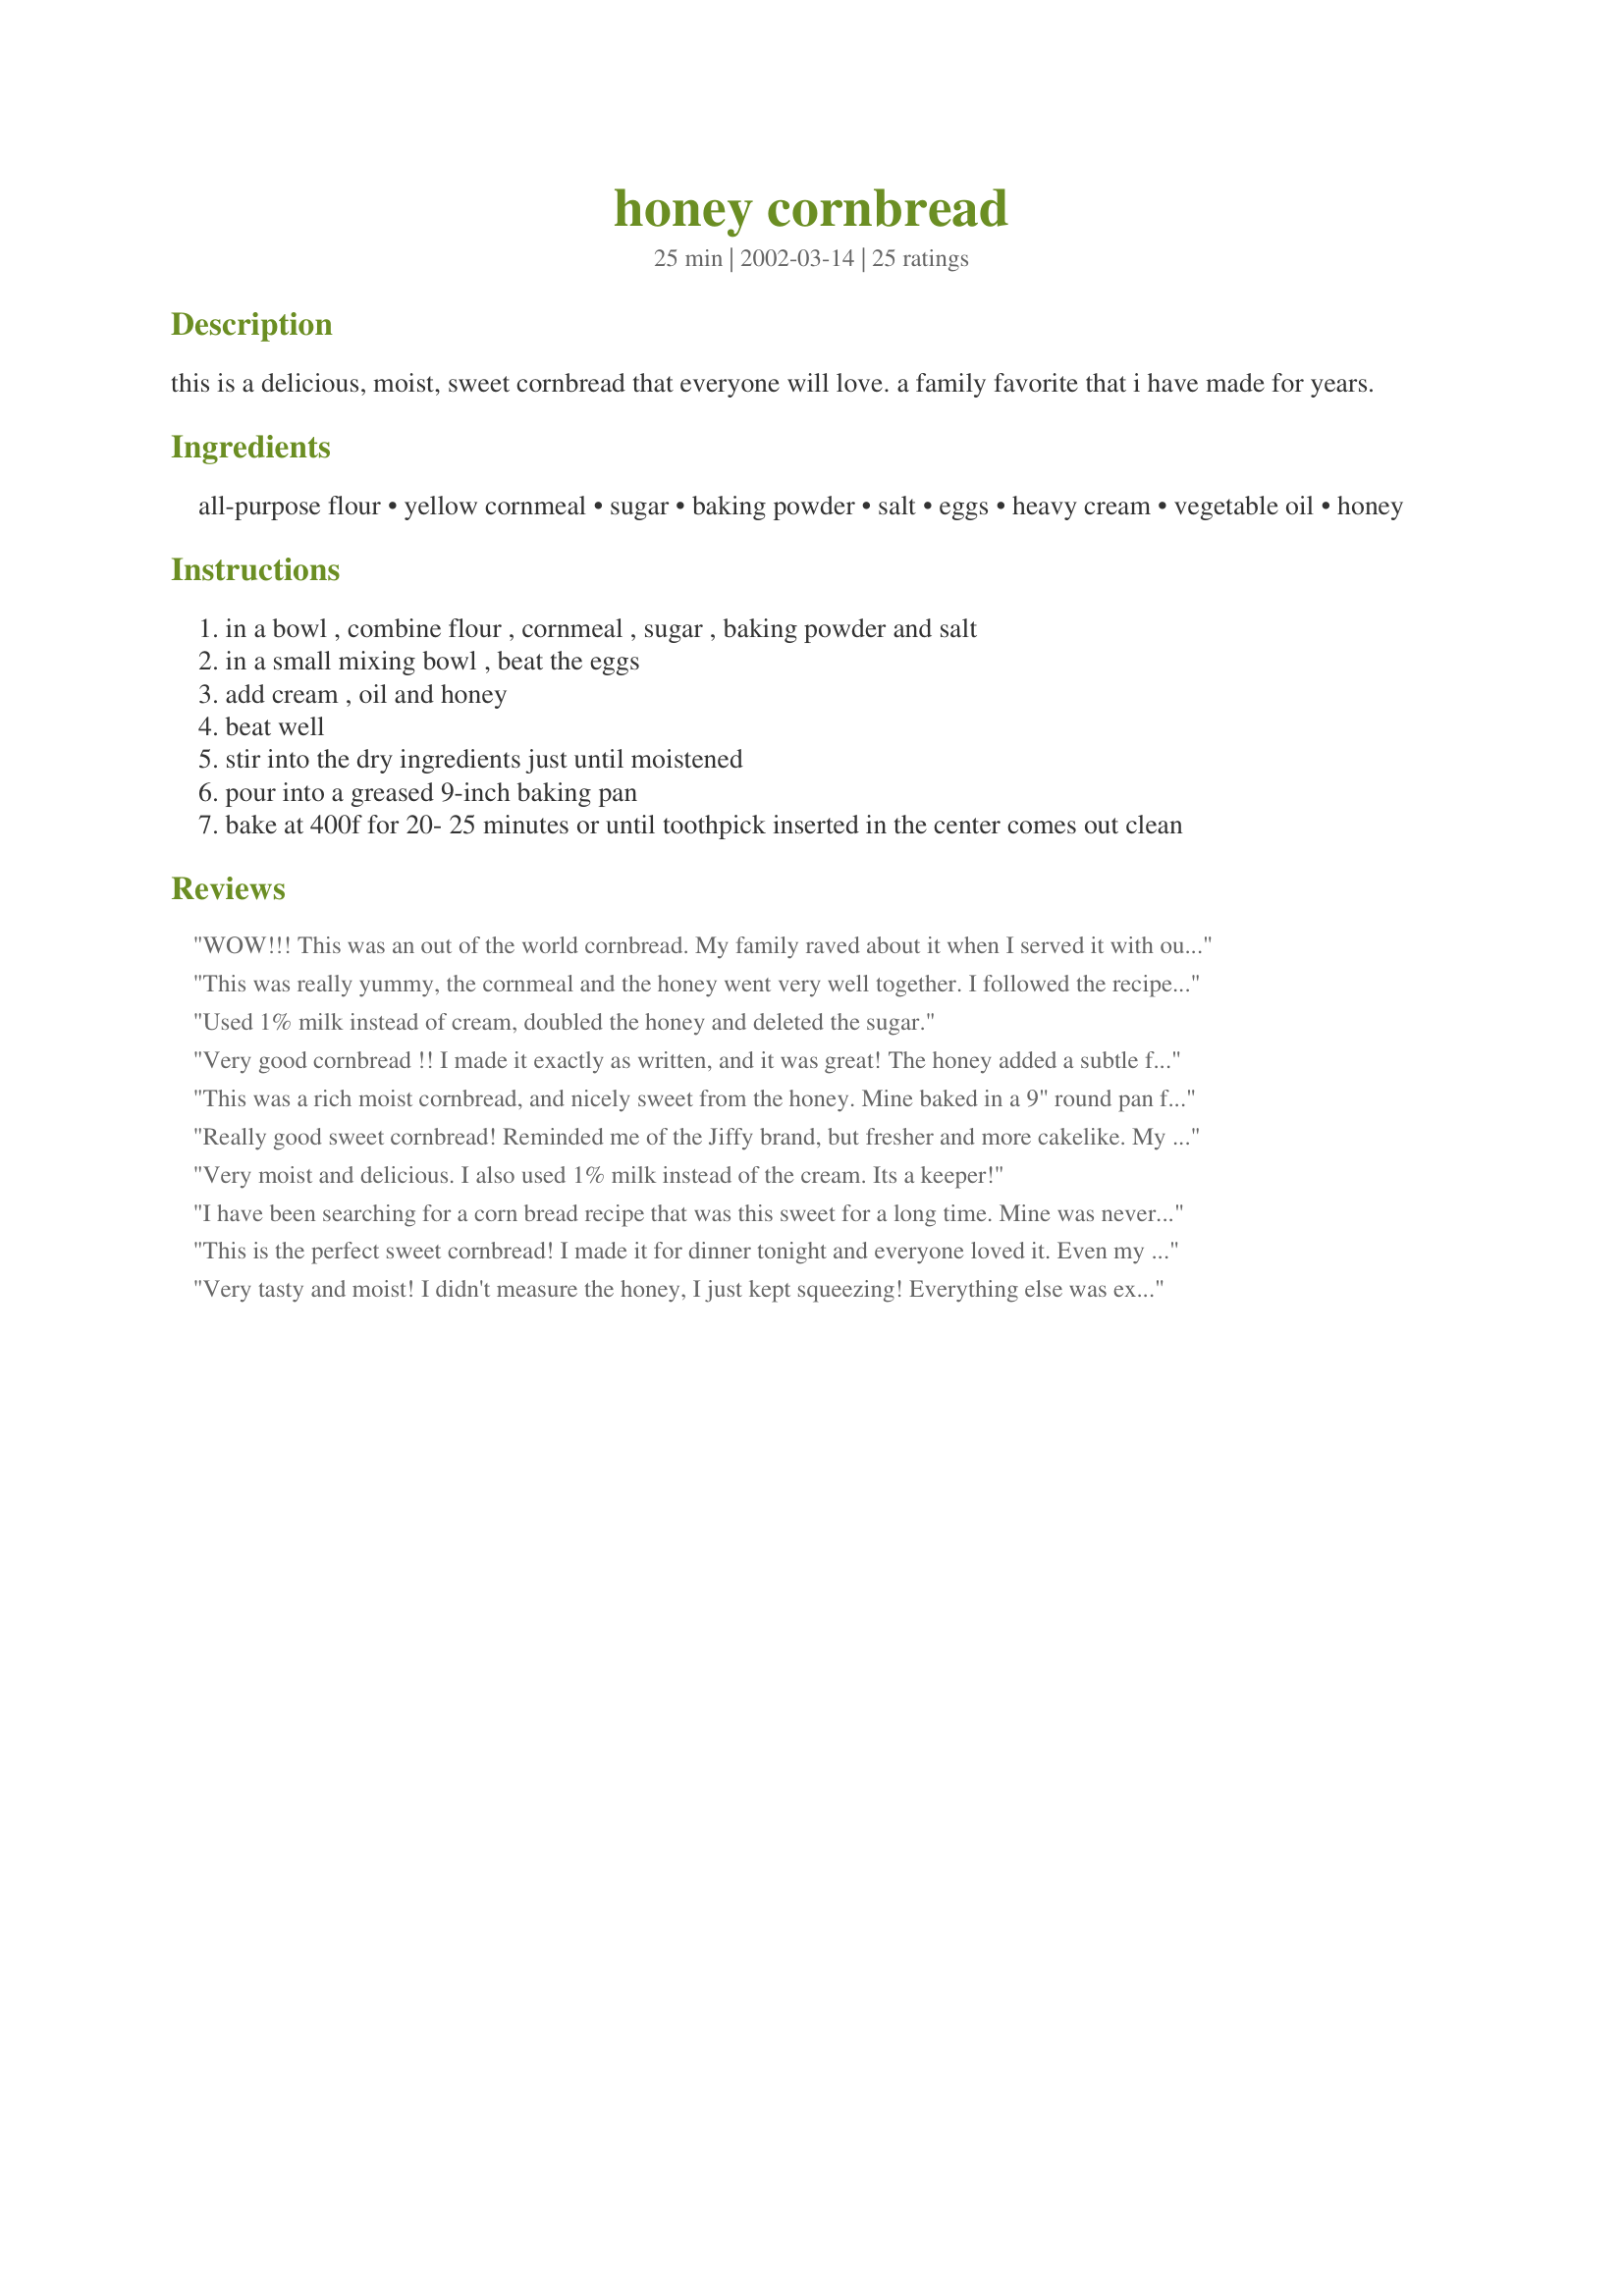
honey cornbread
Preparation time: 25 minutes

this is a delicious, moist, sweet cornbread that everyone will love. a family favorite that i have made for years.

Ingredients:
all-purpose flour, yellow cornmeal, sugar, baking powder, salt, eggs, heavy cream, vegetable oil, honey

Steps:
in a bowl , combine flour , cornmeal , sugar , baking powder and salt
in a small mixing bowl , beat the eggs
add cream , oil and honey
beat well
stir into the dry ingredients just until moistened
pour into a greased 9-inch baking pan
bake at 400f for 20- 25 minutes or until toothpick inserted in the center comes out clean

Reviews:
WOW!!! This was an out of the world cornbread. My family raved about it when I served it with our traditional Christmas eve chili dinner. I doubled it and baked it in a 9 by 13 pan. It needed a few extra minutes to bake (about 7-10 minutes). Thanks for sharing such an awesome recipe. I will definitely be making this every year.
This was really yummy, the cornmeal and the honey went very well together. I followed the recipe to a T. And i didn't change a thing. The only reason it wasn't a five star recipe for me, was because I found it a little TOO crumbly. But it was VERY tasty.
Used 1% milk instead of cream, doubled the honey and deleted the sugar.
Very good cornbread !! I made it exactly as written, and it was great! The honey added a subtle flavor that I loved--it wasn't too sweet, either..I really am glad I made this recipe! Thanks for sharing it with us !!
Teresa
This was a rich moist cornbread, and nicely sweet from the honey. Mine baked in a 9" round pan for 30 minutes. I had the leftovers for breakfast this morning!
Really good sweet cornbread! Reminded me of the Jiffy brand, but fresher and more cakelike. My 7 yo son tried to eat 4 muffins, but I caught him digging the last one out of the muffin tin. Then he tried to snag it for breakfast this morning! 
It made 18 muffins for me, filling the cups ~2/3 full and baking for 12-14 minutes. I will make this again, as my son came and held one up in my face and declared it the World's Best corn muffin! Thanks, Christine!
Very moist and delicious. I also used 1% milk instead of the cream. Its a keeper!
I have been searching for a corn bread recipe that was this sweet for a long time. Mine was never sweet enough for my bf, and he really liked this! This will be MY corn bread recipe from now on. Thanks!
This is the perfect sweet cornbread! I made it for dinner tonight and everyone loved it. Even my super-picky husband asked it be added to the rotation. I doubled it, used a 9x13 pan and it cooked with the same time and temperature listed. (I did only use a scant 1/2 teaspoon of salt and didn't notice a difference.)
Very tasty and moist! I didn't measure the honey, I just kept squeezing! Everything else was exact. Will definitely make again!
I hail from Georgia and haven't had a cornbread this good since I left umpteen years. Sweet, tender and just plain yummy!!!!! This Southern Belle is thirlled!!! Thank you so much, Christine!!!!!!
I made this once and I was in love! I used a little more cornmeal and about 1/4 cup more heavy cream! My husband raved about this cornbread! I must say that this is THE BEST cornbread that I have EVER eaten at home, restaurant, or anywhere else. It had a great moist cakelike texture...so so good!!!!!
Delightful honey cornbread recipe! It's moist and tender with a pleasant honey flavor. I substituted melted butter for the oil and 1/3 c. non-fat dry milk mixed with 1 c. water for the heavy cream. Still turned out wonderfully!
This is the best corn bread ever! I made the recipe exactly as listed and it turned out perfectly. The honey gives it a wonderful sweetness, and the bread is so moist. Its hard not to make a meal out of the bread alone. Thanks for posting a wonderful recipe.
Very good, but as usual I had to change it. I didn't have cream so I used buttermilk, and I added 1/3 cup of frozen corn, thawed. It was very moist, and my husband loves honey so it was a good compliment to red beans and rice. Thanks, Christine. Carole in Orlando
Loved it. I took some suggestions from the other reviewers .... added corn and substituted milk for cream. My 2 year old daughters loved it too. Thanks
This was a very easy cornbread recipe and the honey adds such a nice flavoring to the cornbread. I made 14 muffins with this recipe and they cooked in 20-25 minutes.
Used 1/4 cup melted butter instead of vegetable oil, made them into muffins, and then drizzled more honey over the hot muffins. Wow loved the recipe and it was very easy. Thank you
This is a tasty recipe. I baked it in a 9" springform pan and it was perfect. I did substitute whole milk for cream. This was moist on the inside and the top crust just beginnig to crack. Thanks for a great recipe!
I didn't have any white flour in the house and the nearest store is 32 miles away so I used Wheat Montana Prairie Gold WW Flour and this recipe still turned out wonderful. My husband asked me if it was a new recipe because he had never tasted cornbread this wonderful before. So, if it tasted that good with WW flour just imagine how good it will taste with half and half or all white.
WOW>>> when i ate the cornbread it was like an out of body experience>>> followed recipe exactly and it was wonderful
I enjoyed the honey flavor of this cornbread, however I only gave it 4 stars because I found 400 degrees to be too hot. The sides of my cornbread over browned and the middle was under done. It was also a bit crumbly as another reviewer had already noted. Thank you for sharing your recipe.
This is a VERY moist and great tasting corn bread. Not dry at all and just full of flavor!
Good honey flavor. A bit dry and crumbly probably because I used half-n-half instead of heavy cream. I baked it at 375F for 20 mins and it's done. *Update* This cornbread somehow tasted better and became more moist the next day.
Very yummy! I made this recipe for Thanksgiving dinner this year. I followed the recipe exactly except I doubled it and baked it in a 9 x 13" pan.
